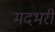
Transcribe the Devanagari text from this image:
मदभरी